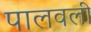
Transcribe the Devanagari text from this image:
पालवली